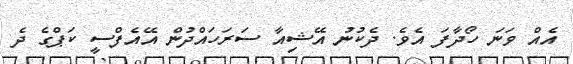
އެއް ވަނަ ހޯދާފަ އެވެ. ދެކުނު އޭޝިއާ ސަރަހައްދުން އޭއެފްސީ ކަޕްގެ ދެ